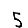
Digit: 5